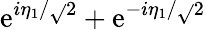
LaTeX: \mathrm{e}^{i\eta_{1}/\sqrt{}{{2}}}+\mathrm{e}^{-i\eta_{1}/\sqrt{}{{2}}}